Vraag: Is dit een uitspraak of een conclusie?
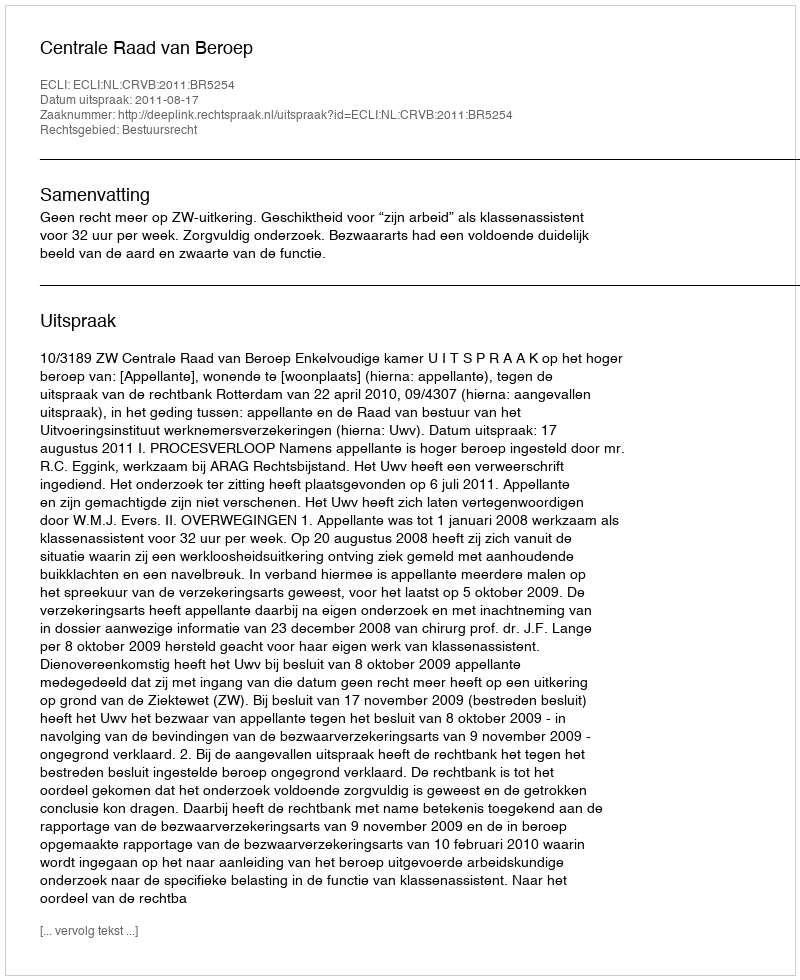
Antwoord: Uitspraak